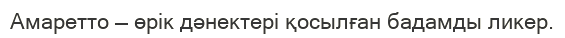
Амаретто — өрік дәнектері қосылған бадамды ликер.